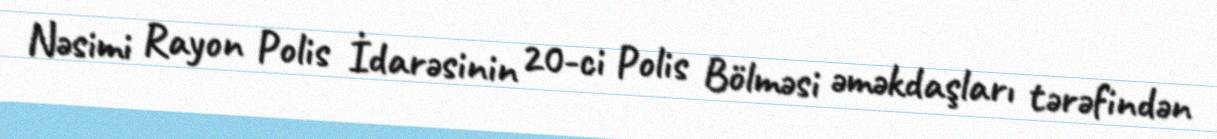
Nəsimi Rayon Polis İdarəsinin 20-ci Polis Bölməsi əməkdaşları tərəfindən